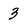
Character: 3